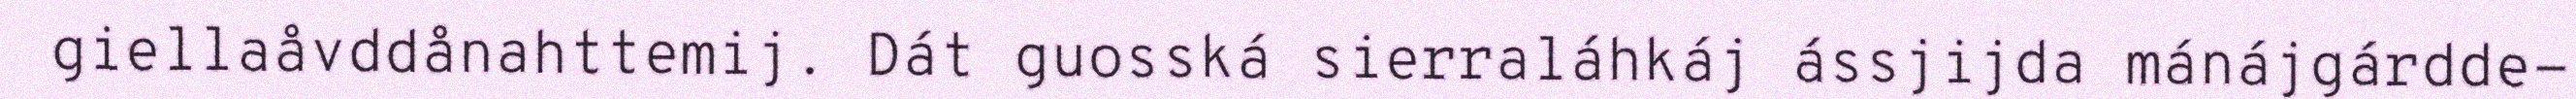
giellaåvddånahttemij. Dát guosská sierraláhkáj ássjijda mánájgárdde-